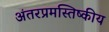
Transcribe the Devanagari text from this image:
अंतरप्रमस्तिष्‍कीय